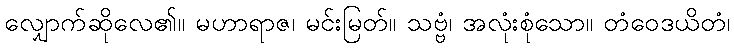
လျှောက်ဆိုလေ၏။ မဟာရာဇ၊ မင်းမြတ်။ သဗ္ဗံ၊ အလုံးစုံသော။ တံဝေဒယိတံ၊